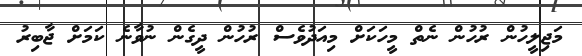
މަޖިލީހުން ރުހުން ނެތް މީހަކަށް މިއަދުވެސް ރުހުން ދީގެން ނުވާނެ ކަމަށް ޖާބިރު